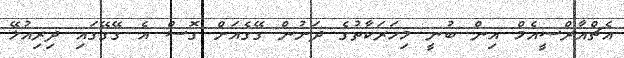
އެޗްއާރްސީއެމް އިން ބުނީ މިހަރަކާތުގެ ދަށުން ގޭގެއަށް ގޮސް އެ ގޭގޭގައި ދިރިއުޅޭ